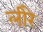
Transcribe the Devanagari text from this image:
लीरे